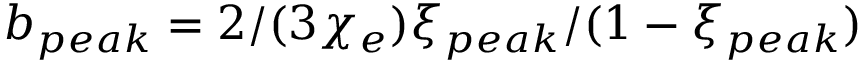
b _ { p e a k } = 2 / ( 3 \chi _ { e } ) \xi _ { p e a k } / ( 1 - \xi _ { p e a k } )